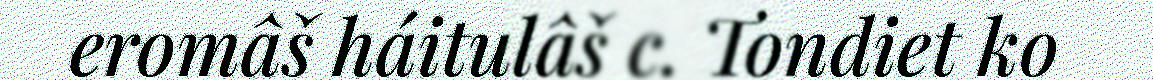
eromâš háitulâš c. Tondiet ko